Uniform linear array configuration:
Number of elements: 64
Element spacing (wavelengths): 0.5
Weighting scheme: binomial
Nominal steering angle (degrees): -60
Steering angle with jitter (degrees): -60.537
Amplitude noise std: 0.05
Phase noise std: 0.05

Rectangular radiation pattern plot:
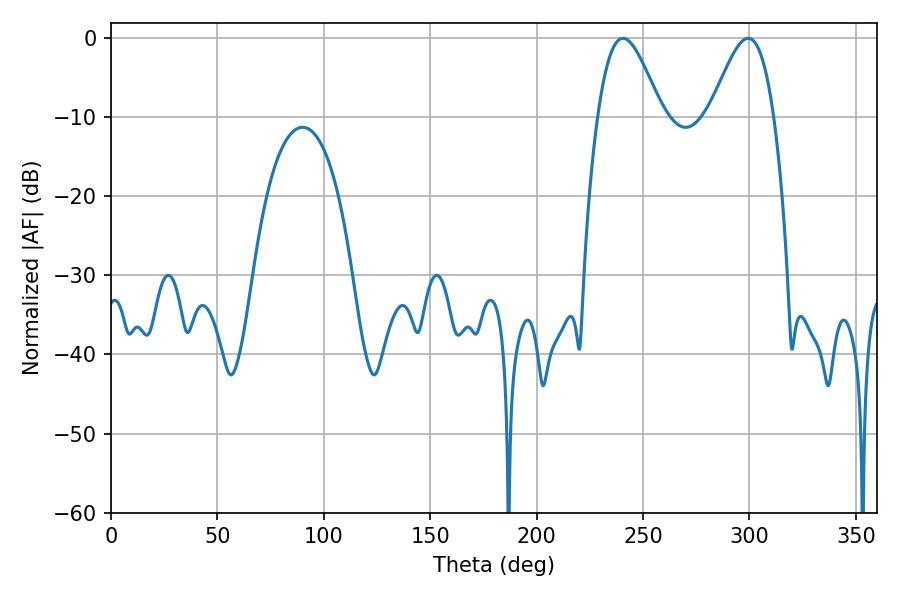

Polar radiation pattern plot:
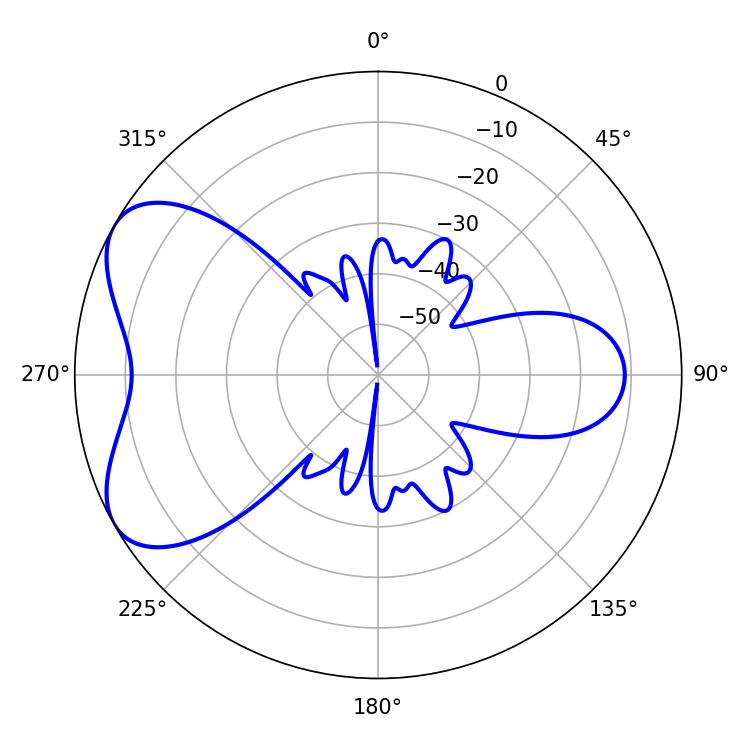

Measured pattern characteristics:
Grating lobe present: FALSE
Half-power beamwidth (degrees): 16.02
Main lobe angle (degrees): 240.48